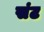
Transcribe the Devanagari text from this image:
संट